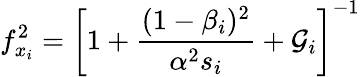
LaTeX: f_{x_{i}}^{2}=\left[1+\frac{(1-\beta_{i})^{2}}{\alpha^{2}s_{i}}+{\cal G}_{i}\right]^{-1}